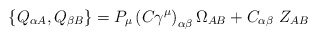
\begin{align*}\left\{ Q_{\alpha A},Q_{\beta B}\right\} = P_\mu \left( C\gamma ^\mu\right)_{\alpha \beta }\Omega _{AB}+ C_{\alpha \beta }\,\,Z_{AB} \end{align*}